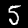
Label: 5